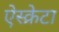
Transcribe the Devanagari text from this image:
ऐस्क्रेटा